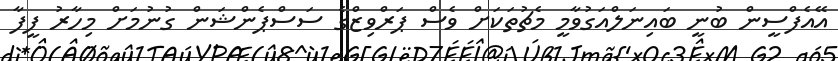
އޭއެފްސީން ބުނީ ބައިނަލްއަގުވާމީ މެޗުތަކަށް ވެސް ޕަރްވިޒްގެ ސަސްޕެންޝަން ގުނުމަށް މިހާރު ފީފާ